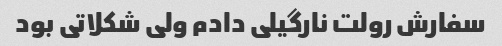
سفارش رولت نارگیلی دادم ولی شکلاتی بود